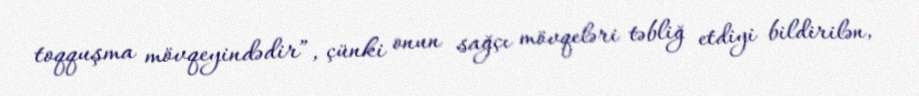
toqquşma mövqeyindədir”, çünki onun sağçı mövqeləri təbliğ etdiyi bildirilən,